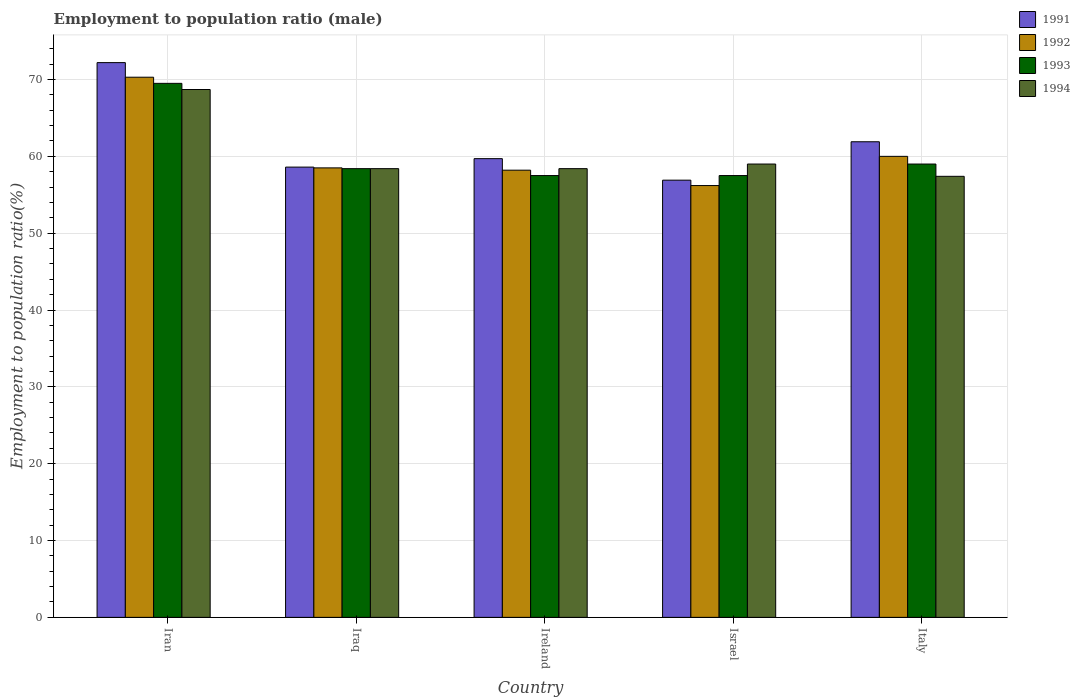
| Country | 1991 | 1992 | 1993 | 1994 |
 | --- | --- | --- | --- | --- |
 | Iran | 72.2 | 70.3 | 69.5 | 68.7 |
 | Iraq | 58.6 | 58.5 | 58.4 | 58.4 |
 | Ireland | 59.7 | 58.2 | 57.5 | 58.4 |
 | Israel | 56.9 | 56.2 | 57.5 | 59 |
 | Italy | 61.9 | 60 | 59 | 57.4 |